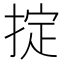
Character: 掟